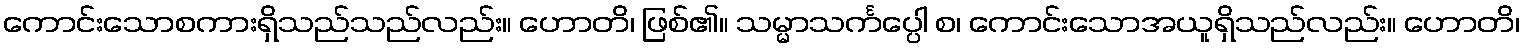
ကောင်းသောစကားရှိသည်သည်လည်း။ ဟောတိ၊ ဖြစ်၏။ သမ္မာသင်္ကပ္ပေါ စ၊ ကောင်းသောအယူရှိသည်လည်း။ ဟောတိ၊